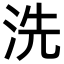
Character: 洗